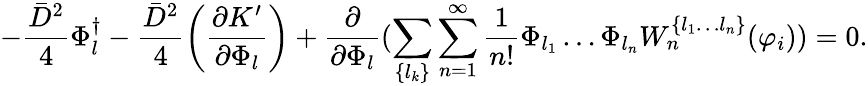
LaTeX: -\frac{\bar{D}^{2}}{4}\Phi_{l}^{\dagger}-\frac{\bar{D}^{2}}{4}\left(\frac{\partial K^{\prime}}{\partial\Phi_{l}}\right)+\frac{\partial}{\partial\Phi_{l}}(\sum_{\{ l_{k}\} }\sum_{n=1}^{\infty}\frac{1}{n!}\Phi_{l_{1}}\ldots\Phi_{l_{n}}W_{n}^{\{ l_{1}\ldots l_{n}\} }(\varphi_{i}))=0.